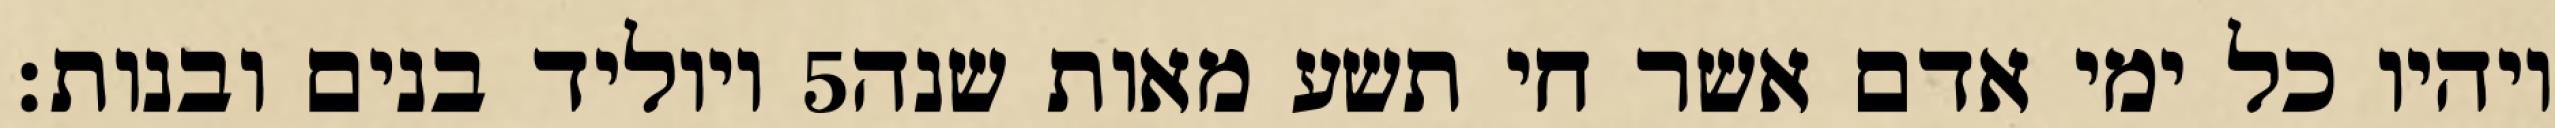
ויוליד בנים ובנות׃ ‎5‏ ויהיו כל ימי אדם אשר חי תשע מאות שנה